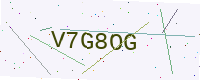
Text: V7G8OG